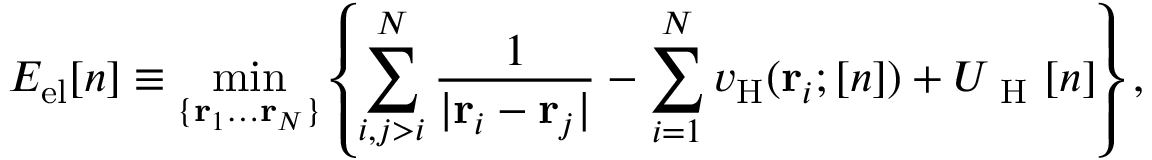
E _ { \mathrm { e l } } [ n ] \equiv \operatorname* { m i n } _ { \{ \mathbf { r } _ { 1 } \dots \mathbf { r } _ { N } \} } \left\{ \sum _ { i , j > i } ^ { N } \frac { 1 } { | \mathbf { r } _ { i } - \mathbf { r } _ { j } | } - \sum _ { i = 1 } ^ { N } v _ { \mathrm { H } } ( \mathbf { r } _ { i } ; [ n ] ) + U _ { \mathrm { ~ H ~ } } [ n ] \right\} ,